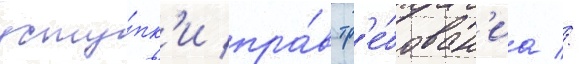
усту́пк'и пра́в тр'е́бован'иа //